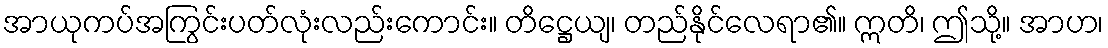
အာယုကပ်အကြွင်းပတ်လုံးလည်းကောင်း။ တိဋ္ဌေယျ၊ တည်နိုင်လေရာ၏။ ဣတိ၊ ဤသို့။ အာဟ၊